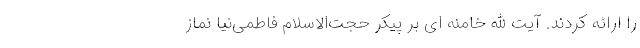
را ارائه کردند. آیت الله خامنه ای بر پیکر حجت‌الاسلام فاطمی‌نیا نماز